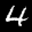
Label: 4